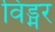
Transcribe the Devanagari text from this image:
विड्मर